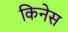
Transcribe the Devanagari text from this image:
किनेस